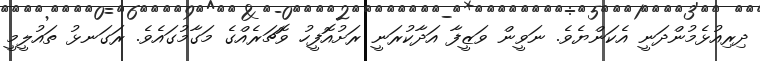
ދިރިއުޅެމުންދަނީ އެކަންޔެވެ. ނަވީން ވަޒީފާ އަދާކުރަނީ ރަށުއޮފީހު ވޮޗަރެއްގެ މަގާމުގައެވެ. ރަގަނޅު ތައުލީމީ